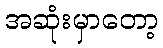
အဆုံးမှာတော့